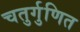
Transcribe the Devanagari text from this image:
चतुर्गुणित